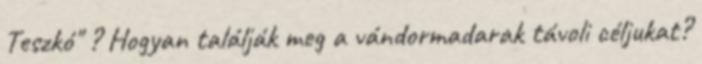
Teszkó" ? Hogyan találják meg a vándormadarak távoli céljukat?